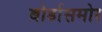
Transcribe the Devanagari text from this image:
बोर्डासमोर